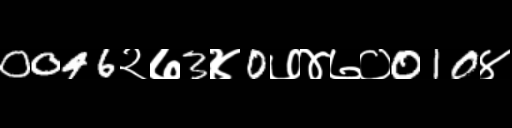
Text: 0046२७3४0७४७०010४